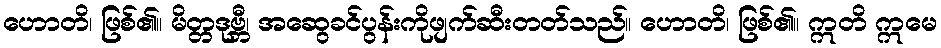
ဟောတိ၊ ဖြစ်၏။ မိတ္တဒုဗ္ဘီ၊ အဆွေခင်ပွန်းကိုဖျက်ဆီးတတ်သည်။ ဟောတိ၊ ဖြစ်၏။ ဣတိ ဣမေ